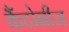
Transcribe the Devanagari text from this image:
कैंटोनीज